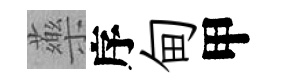
藥序甸甲